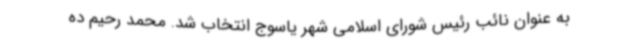
به عنوان نائب رئیس شورای اسلامی شهر یاسوج انتخاب شد. محمد رحیم ده